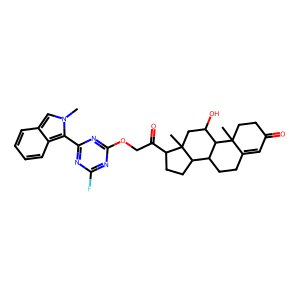
SMILES: Cn1cc2ccccc2c1-c1nc(F)nc(OCC(=O)C2CCC3C4CCC5=CC(=O)CCC5(C)C4C(O)CC23C)n1
Inhibits HIV replication: No